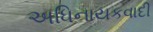
અધિનાયકવાદી